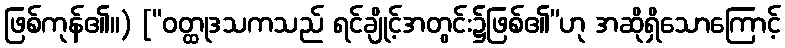
ဖြစ်ကုန်၏။) [“ဝတ္ထုဒသကသည် ရင်ချိုင့်အတွင်း၌ဖြစ်၏”ဟု အဆိုရှိသောကြောင့်